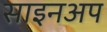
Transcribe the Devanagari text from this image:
साइनअप